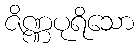
ဇိဏ္ဏပုရိသော